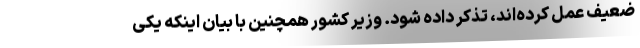
ضعیف عمل کرده‌اند، تذکر داده شود. وزیر کشور همچنین با بیان اینکه یکی